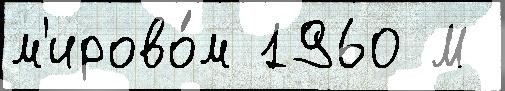
м'ирово́м 1960 М